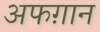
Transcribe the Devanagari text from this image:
अफग़ान